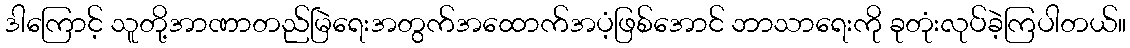
ဒါကြောင့် သူတို့အာဏာတည်မြဲရေးအတွက်အထောက်အပံ့ဖြစ်အောင် ဘာသာရေးကို ခုတုံးလုပ်ခဲ့ကြပါတယ်။